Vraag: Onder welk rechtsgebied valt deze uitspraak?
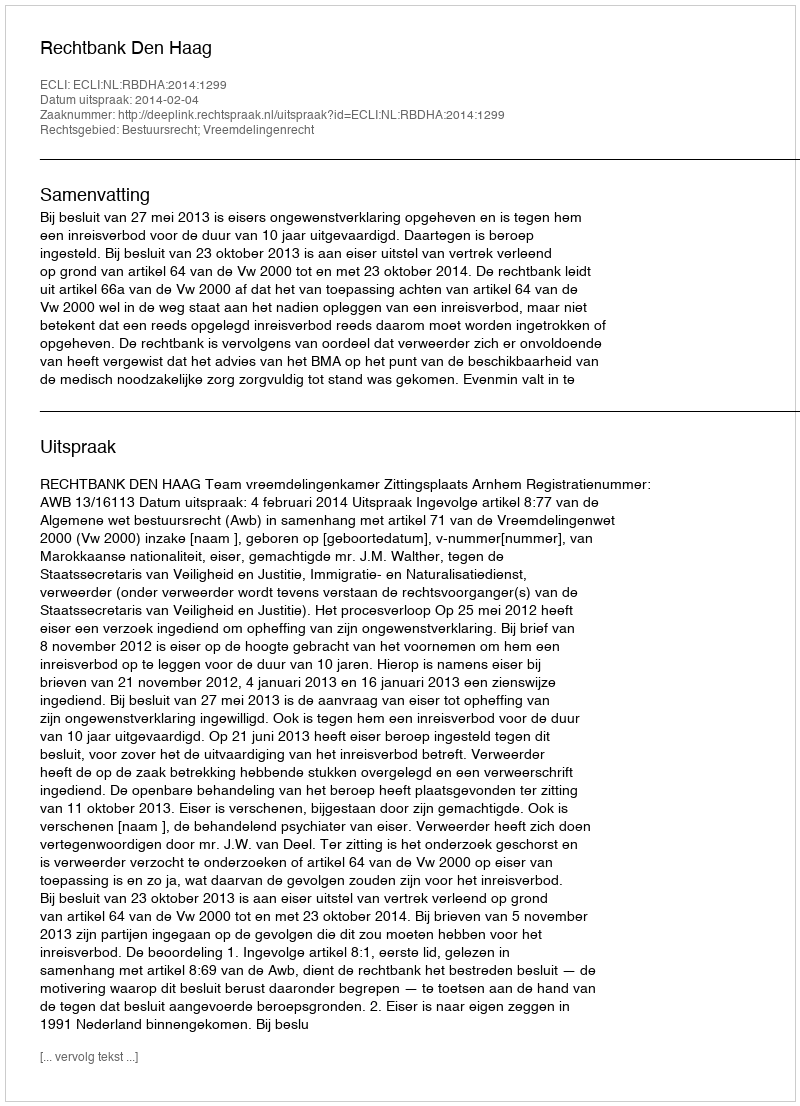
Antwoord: Bestuursrecht; Vreemdelingenrecht